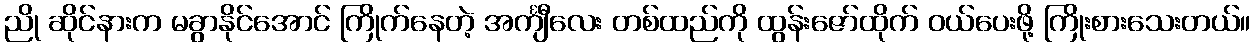
ညို ဆိုင်နားက မခွာနိုင်အောင် ကြိုက်နေတဲ့ အင်္ကျီလေး တစ်ထည်ကို ထွန်းဇော်ထိုက် ဝယ်ပေးဖို့ ကြိုးစားသေးတယ်။